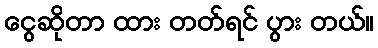
ငွေဆိုတာ ထား တတ်ရင် ပွား တယ်။